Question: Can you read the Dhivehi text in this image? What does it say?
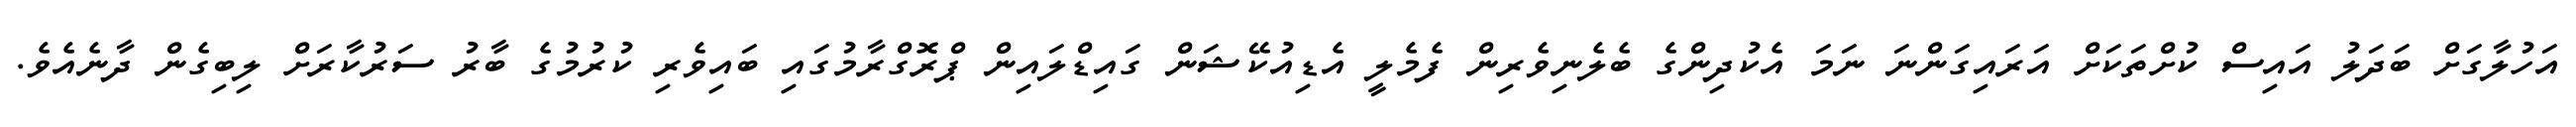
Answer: އަހުލާގަށް ބަދަލު އައިސް ކުށްތަކަށް އަރައިގަންނަ ނަމަ އެކުދިންގެ ބެލެނިވެރިން ފެމެލީ އެޑިއުކޭޝަން ގައިޑްލައިން ޕްރޮގްރާމުގައި ބައިވެރި ކުރުމުގެ ބާރު ސަރުކާރަށް ލިބިގެން ދާނެއެވެ.